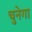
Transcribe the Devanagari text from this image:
चुनेगा